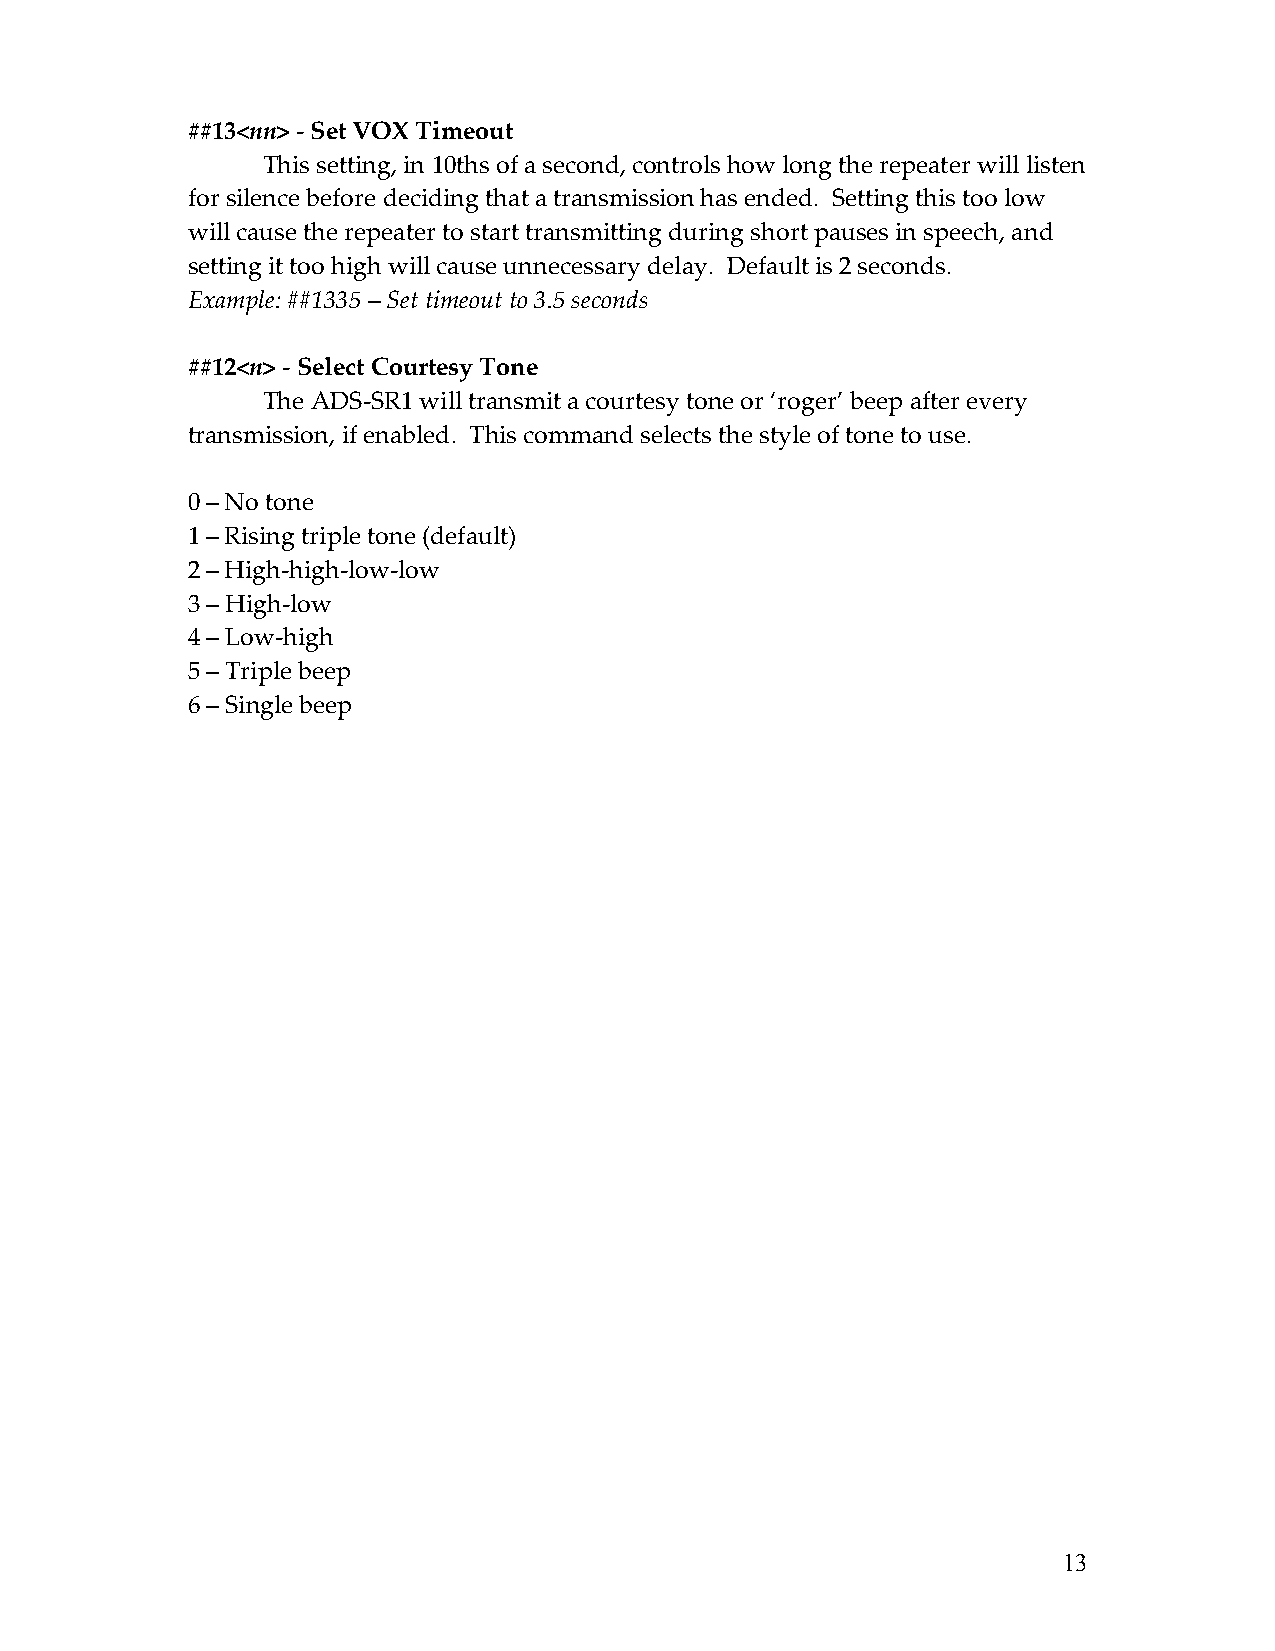
##13<nn> - Set VOX Timeout
 This setting, in 10ths of a second, controls how long the repeater will listen
 for silence before deciding that a transmission has ended. Setting this too low
 will cause the repeater to start transmitting during short pauses in speech, and
 setting it too high will cause unnecessary delay. Default is 2 seconds.
 Example: ##1335 – Set timeout to 3.5 seconds
 ##12<n> - Select Courtesy Tone
 The ADS-SR1 will transmit a courtesy tone or ‘roger’ beep after every
 transmission, if enabled. This command selects the style of tone to use.
 0 – No tone
 1 – Rising triple tone (default)
 2 – High-high-low-low
 3 – High-low
 4 – Low-high
 5 – Triple beep
 6 – Single beep
 13